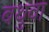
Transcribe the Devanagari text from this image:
बथुवा